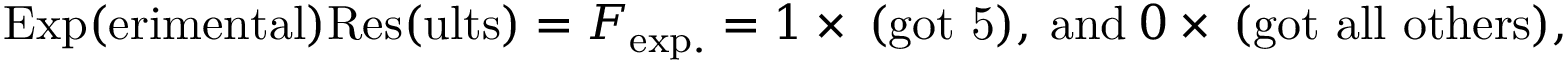
\mathrm { E x p ( e r i m e n t a l ) R e s ( u l t s ) } = F _ { \mathrm { e x p . } } = 1 \times \: \mathrm { ( g o t ~ 5 ) } , \: \mathrm { a n d } \: 0 \times \: \mathrm { ( g o t ~ a l l ~ o t h e r s ) } ,